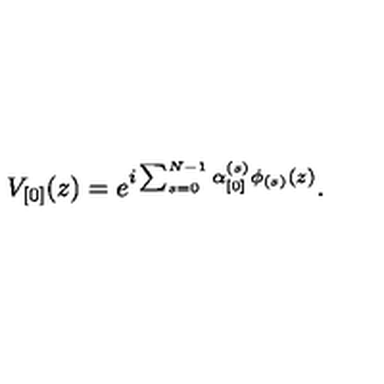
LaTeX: V _ { \lbrack 0 \rbrack } ( z ) = e ^ { i \sum _ { s = 0 } ^ { N - 1 } \alpha _ { \lbrack 0 \rbrack } ^ { ( s ) } \phi _ { ( s ) } ( z ) } .